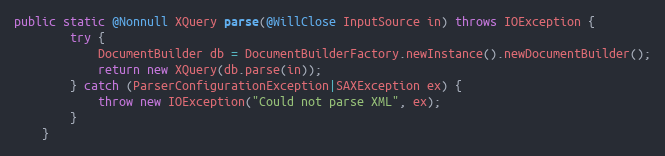
Language: Java
public static @Nonnull XQuery parse(@WillClose InputSource in) throws IOException {
        try {
            DocumentBuilder db = DocumentBuilderFactory.newInstance().newDocumentBuilder();
            return new XQuery(db.parse(in));
        } catch (ParserConfigurationException|SAXException ex) {
            throw new IOException("Could not parse XML", ex);
        }
    }